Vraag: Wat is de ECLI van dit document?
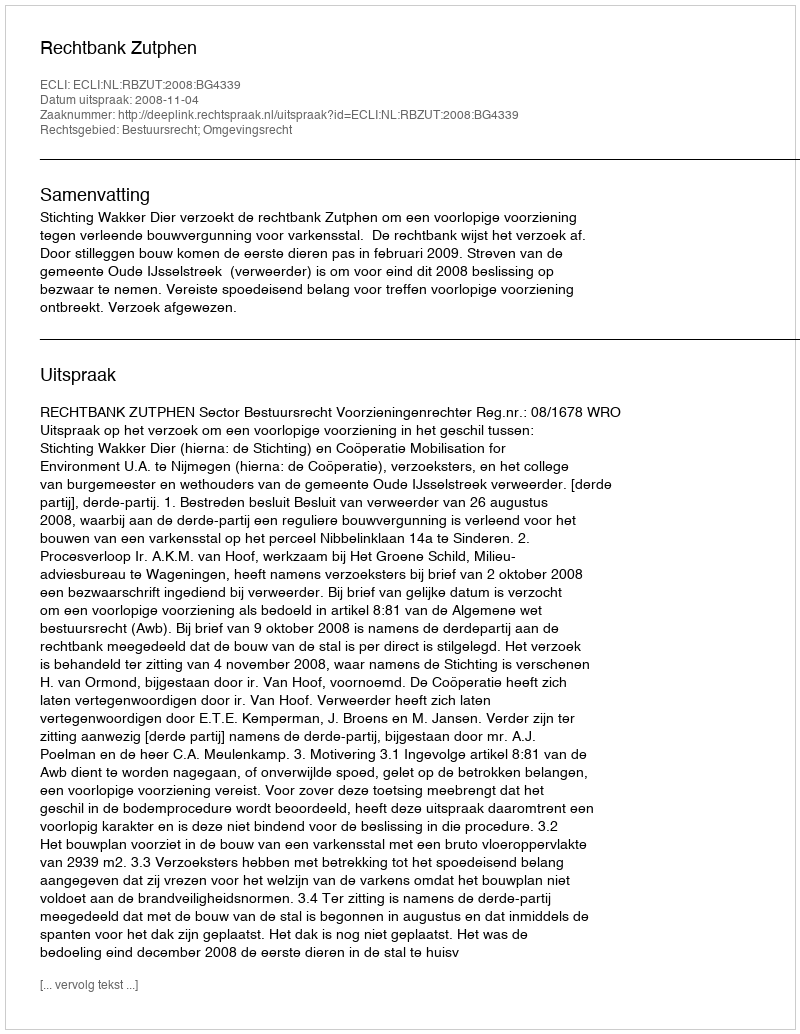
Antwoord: ECLI:NL:RBZUT:2008:BG4339